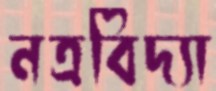
নত্রবিদ্যা